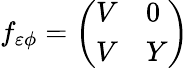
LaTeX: f_{\varepsilon\phi}=\left(\begin{array}{ll}{V}&{0}\\ {V}&{Y}\end{array}\right)